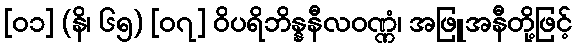
[၀၁] (နိ၊ ၆၅) [၀၇] ဝိပရိဘိန္နနီလဝဏ္ဏံ၊ အဖြူအနီတို့ဖြင့်